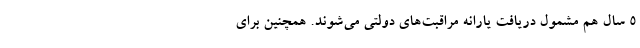
۵ سال هم مشمول دریافت یارانه مراقبت‌های دولتی می‌شوند. همچنین برای